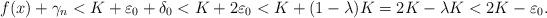
LaTeX: \begin{align*}f(x)+\gamma_n<K+\varepsilon_0+\delta_0<K+2\varepsilon_0<K+(1-\lambda)K=2K-\lambda K<2K-\varepsilon_0.\end{align*}